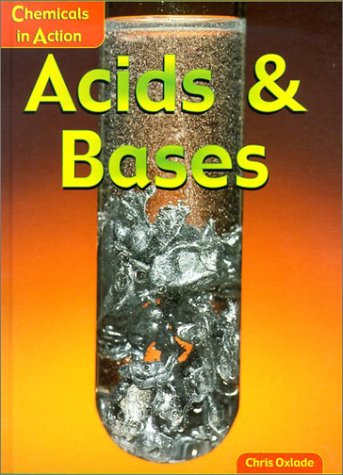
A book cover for Acids and Bases (Chemicals in Action); Chris Oxlade; Children's Books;